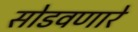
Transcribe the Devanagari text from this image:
सोडवणारे